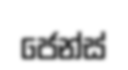
ජෙන්ස්